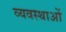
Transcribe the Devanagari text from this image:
व्यवस्थाआें